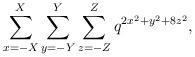
LaTeX: \begin{align*} \sum_{x=-X}^{X} \sum_{y=-Y}^{Y} \sum_{z=-Z}^{Z} q^{2x^{2} + y^{2} + 8z^{2}},\end{align*}